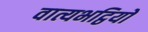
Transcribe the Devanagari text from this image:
वात्यभट्ठियों